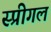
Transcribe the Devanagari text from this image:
स्प्रीगल